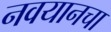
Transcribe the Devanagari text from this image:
नवयानचा